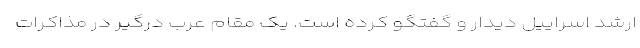
ارشد اسراییل دیدار و گفتگو کرده است. یک مقام عرب درگیر در مذاکرات